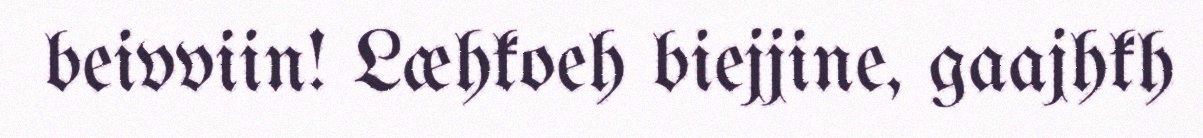
beivviin! Læhkoeh biejjine, gaajhkh